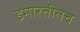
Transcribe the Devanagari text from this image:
इमारतीतच